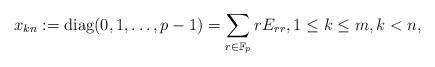
LaTeX: \begin{align*}x_{kn}:={\rm diag}(0,1,\dots,p-1)=\sum_{r\in{\mathbb F}_p}rE_{rr},1\leq k\leq m,k<n,\end{align*}